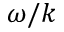
\omega / k